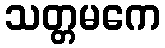
သတ္တမကေ